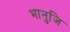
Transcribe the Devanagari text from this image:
भानुजि